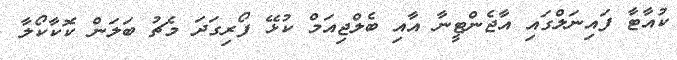
ކުއާޓާ ފައިނަލްގައި އާޖެންޓީނާ އާއި ބެލްޖިއަމް ކުޅޭ ފޯރިގަދަ މެޗު ބަލަން ކޮކާކޯލާ